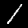
Digit: 1